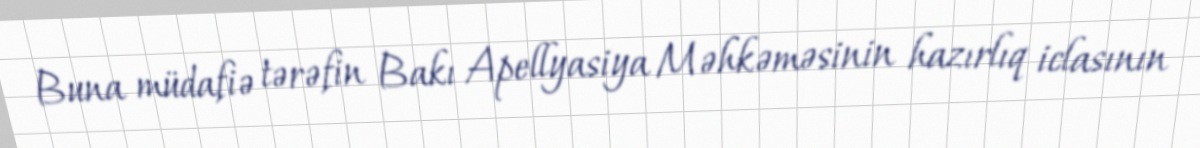
Buna müdafiə tərəfin Bakı Apellyasiya Məhkəməsinin hazırlıq iclasının